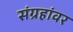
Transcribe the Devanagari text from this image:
संग्रहांवर